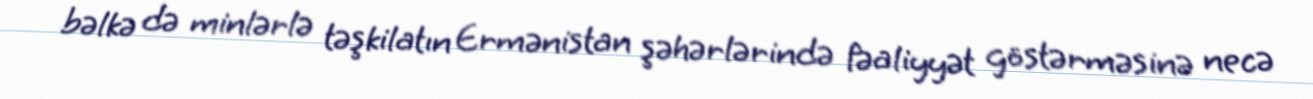
bəlkə də minlərlə təşkilatın Ermənistan şəhərlərində fəaliyyət göstərməsinə necə